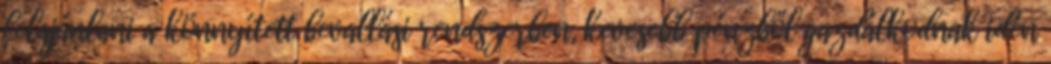
felajánlani a könnyített bevallási rendszerben, kevesebb pénzből gazdálkodnak idén